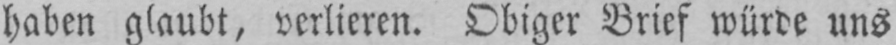
haben glaubt, verlieren. Obiger Brief würde uns